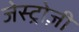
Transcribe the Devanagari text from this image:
जेस्ट्रोज़ी